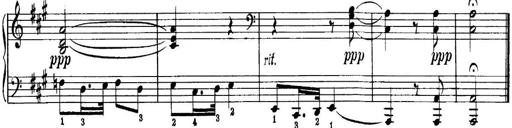
Title: Quatres sonatines
Composer: Tadeusz Joteyko